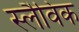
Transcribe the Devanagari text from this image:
स्लैविक